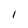
Character: I